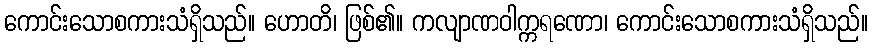
ကောင်းသောစကားသံရှိသည်။ ဟောတိ၊ ဖြစ်၏။ ကလျာဏဝါက္ကရဏော၊ ကောင်းသောစကားသံရှိသည်။